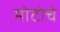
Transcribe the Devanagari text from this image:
मोटोचे